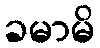
ခမာမိ